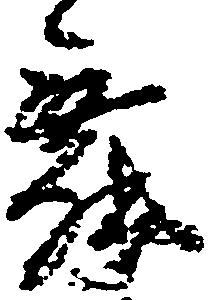
舞